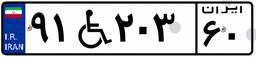
۹۱W۹۵۱۱۲